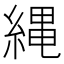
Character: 縄